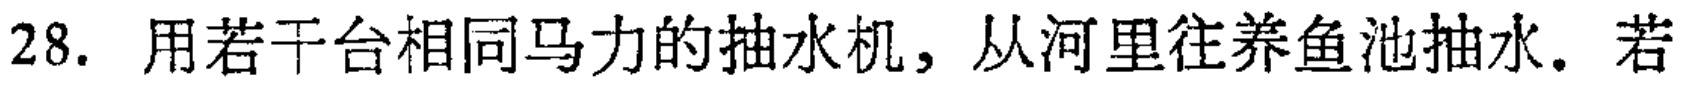
28. 用若干台相同马力的抽水机，从河里往养鱼池抽水. 若